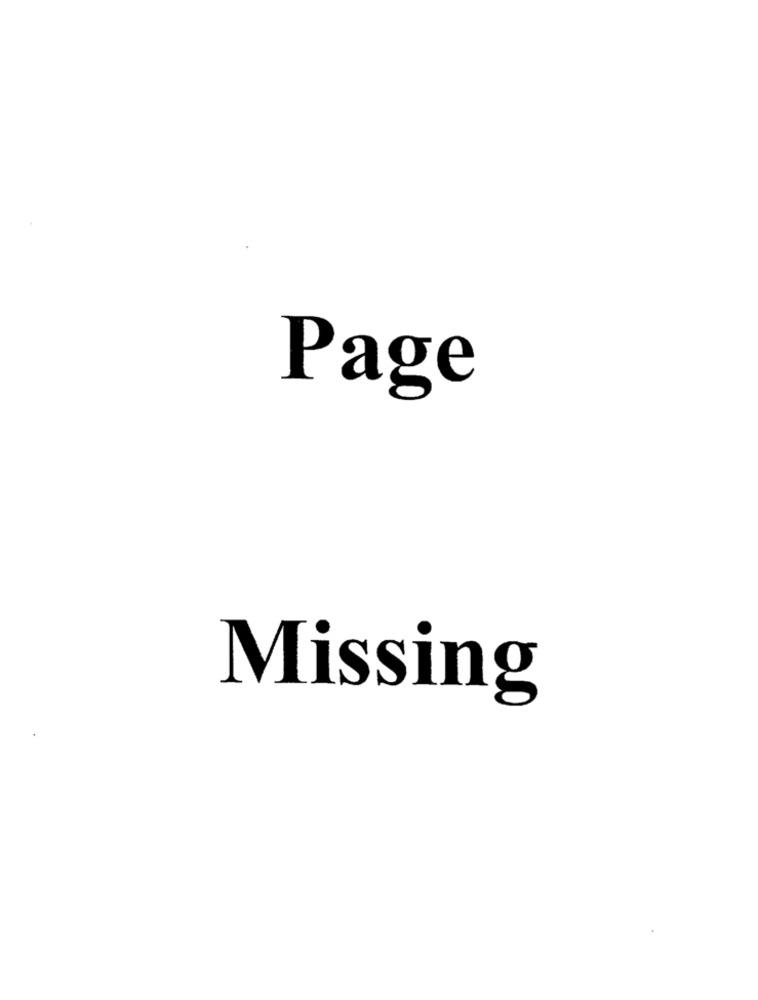
Page
Missing